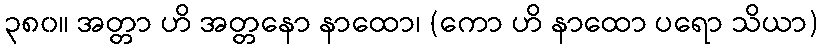
၃၈၀။ အတ္တာ ဟိ အတ္တနော နာထော၊ (ကော ဟိ နာထော ပရော သိယာ)